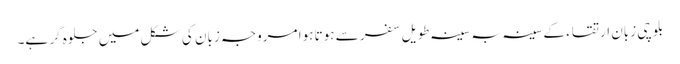
بلوچی زبان ارتقاء کے سینہ بہ سینہ طویل سفر سے ہوتا ہوا مروجہ زبان کی شکل میں جلوہ گر ہے۔